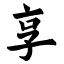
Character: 享